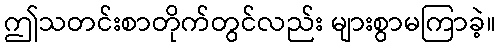
ဤသတင်းစာတိုက်တွင်လည်း များစွာမကြာခဲ့။